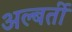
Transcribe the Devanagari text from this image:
अल्बर्ती